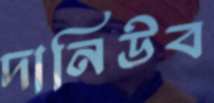
দানিউব